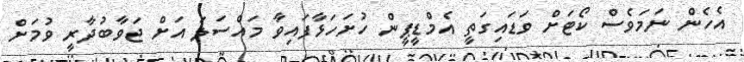
އެހެން ނަމަވެސް ކޯޓަށް ވަޑައިގަތީ އެމްޑީޕީން ހުށަހަޅާފައިވާ މައްސަލަ އަށް ޖަވާބުދާރީ ވުމަށް